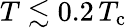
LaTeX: T\lesssim 0.2\, T_{\mathrm{c}}